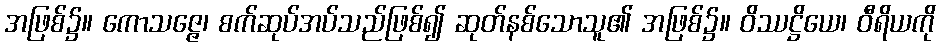
အဖြစ်၌။ ကောသဇ္ဇေ၊ စက်ဆုပ်အပ်သည်ဖြစ်၍ ဆုတ်နစ်သောသူ၏ အဖြစ်၌။ ဝိဿဋ္ဌိယေ၊ ဝီရိယကို